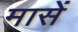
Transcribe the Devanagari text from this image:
मासें